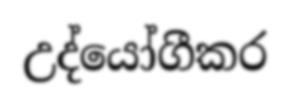
උද්යෝගීකර